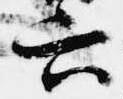
六